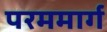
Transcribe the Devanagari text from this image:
परममार्ग